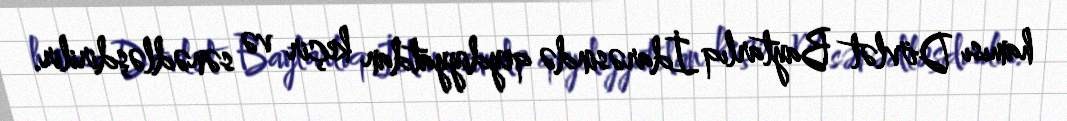
hamısı Dövlət Baytarlıq İdarəsində qeydiyyatdan keçir və sənədləşdirilir.